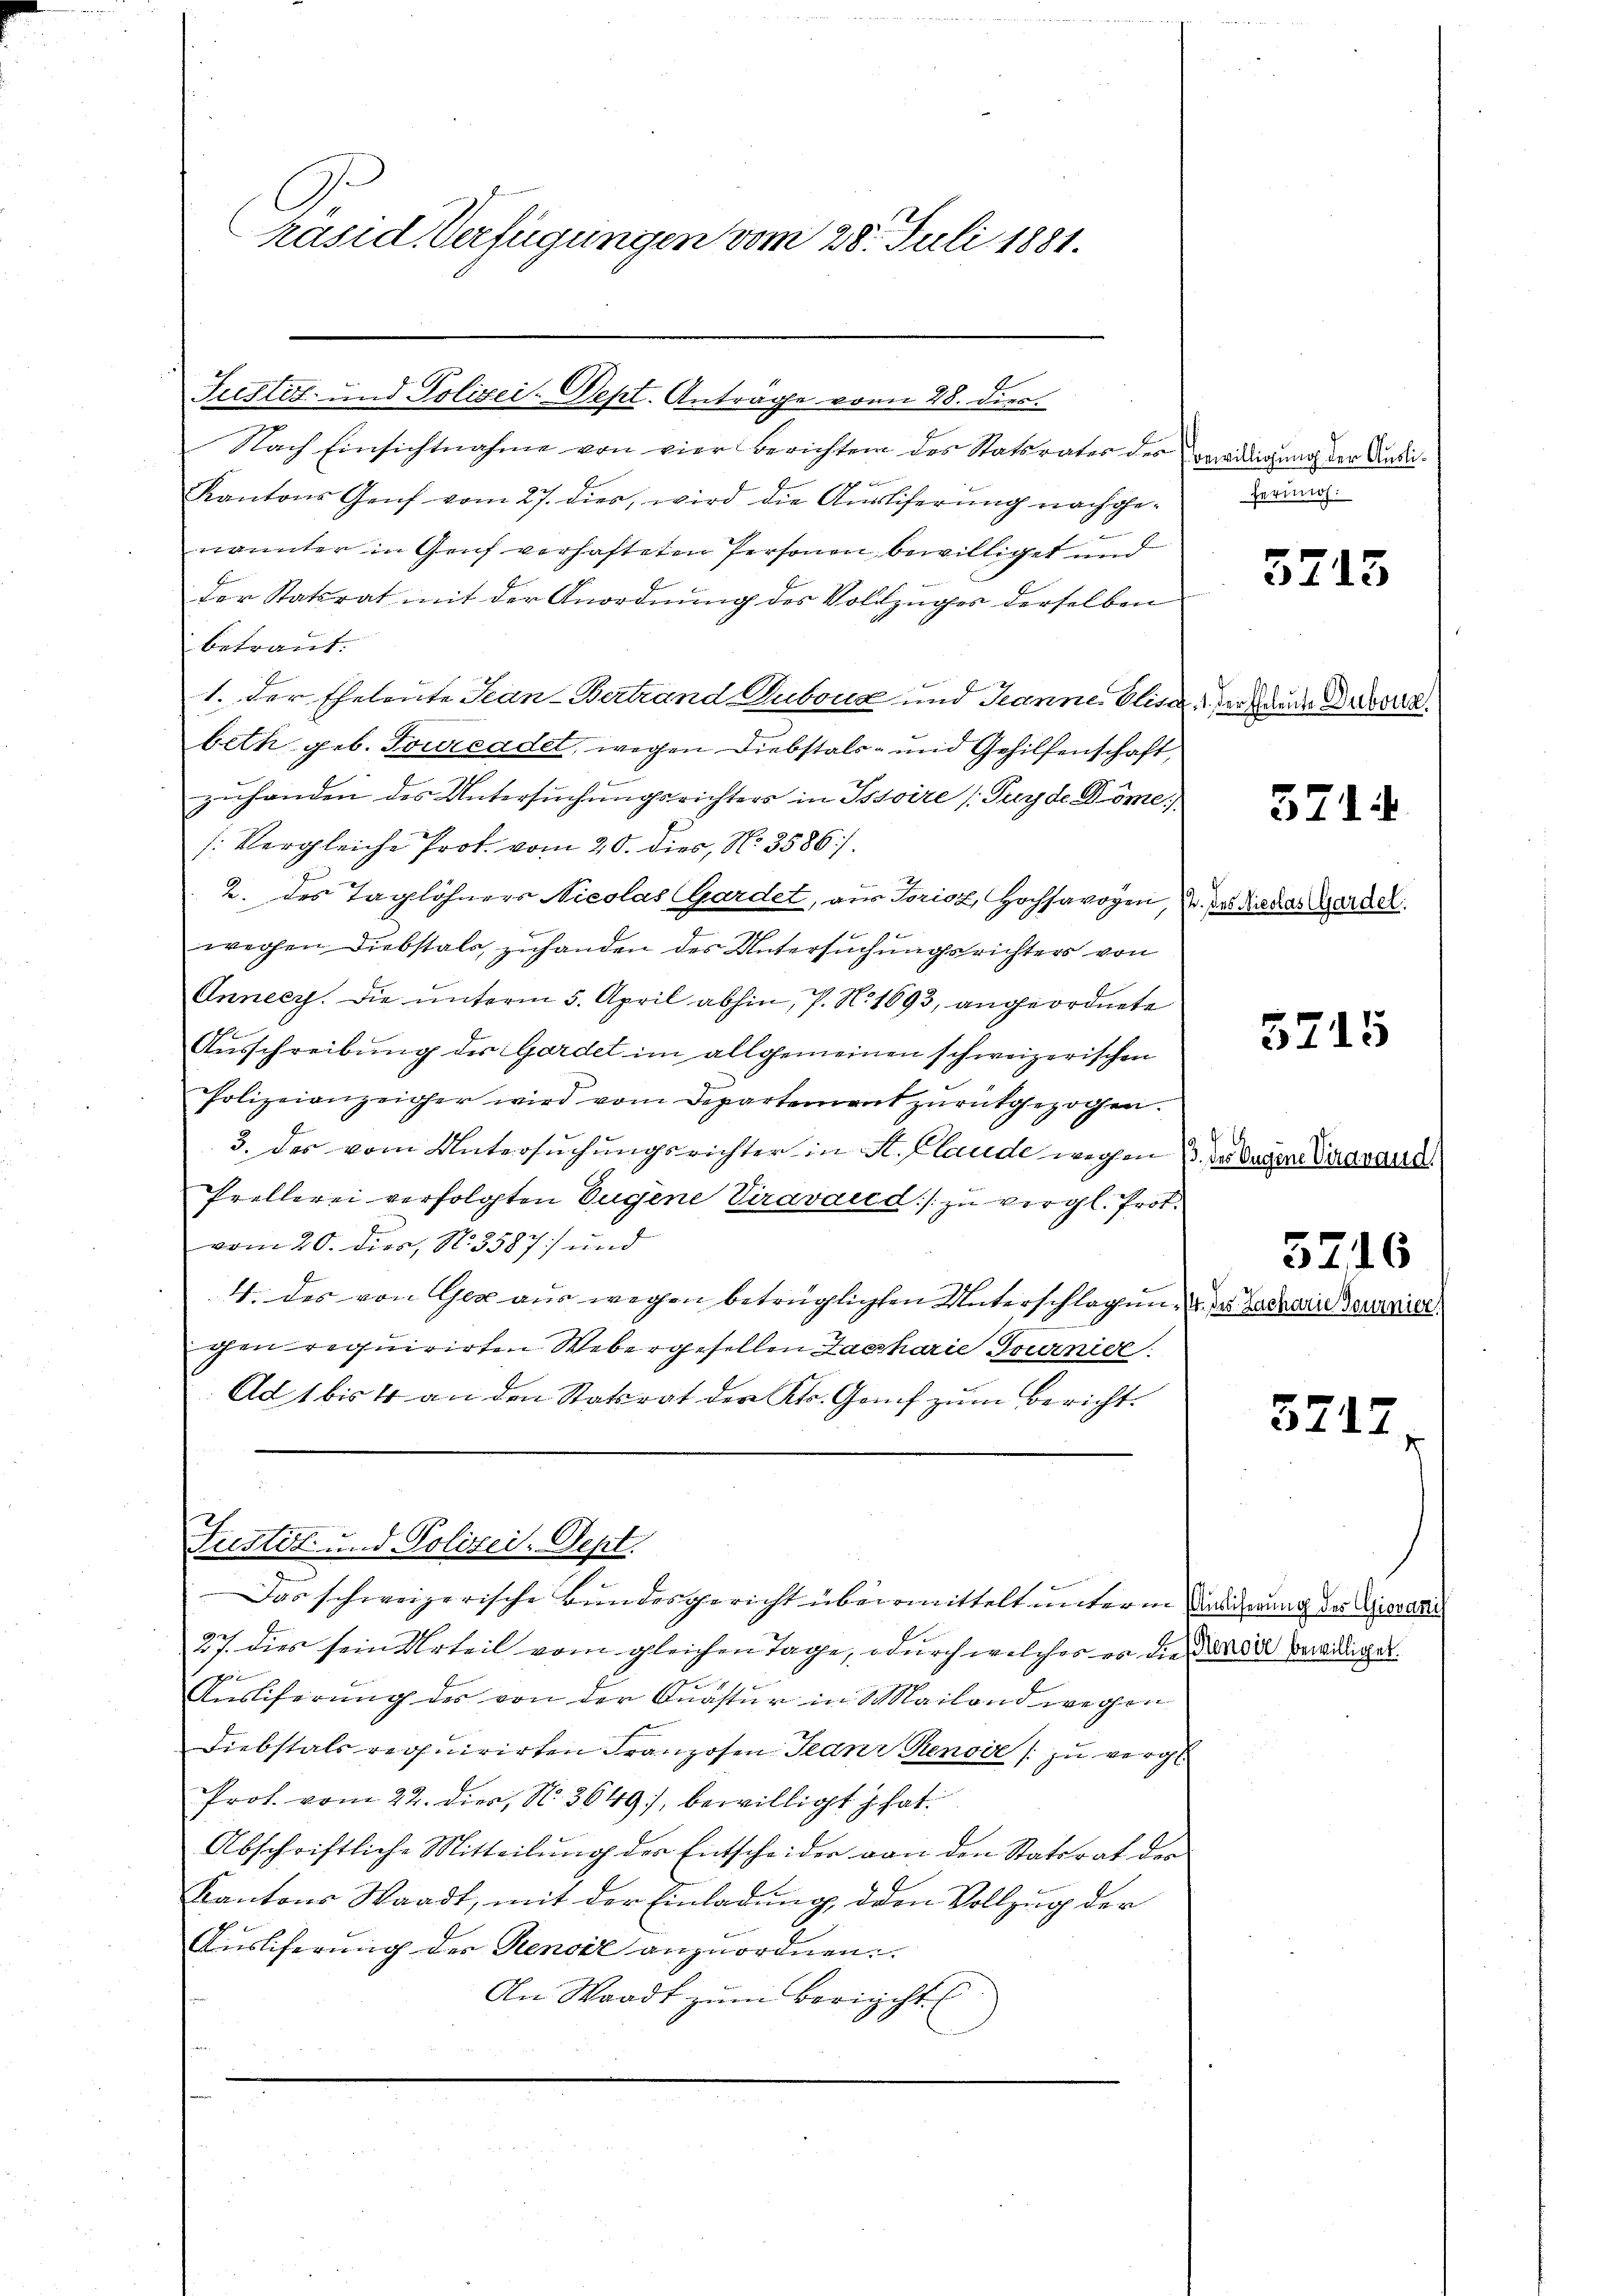
räsid. Verfügungen vom 28. Juli 1881.

Nach Einsichtnahme von vier Berichten des Statsrates des vereidigung der Audi¬
0 f 6 x
Kantons Genf vom 27. dies, wird die Ausliferung nachgenannter in Genf verhafteten Personen bewilliget und
der Statsrat mit der Anordnung des Vollzuges derselben
betraut.
1. Der Eheleute Jean Bertrand Duboud und Jeanne Elisa an dann Dubere
beth geb. Tourcadet, wegen Diebstals- und Gehilfenschaft,
1
zuhanden des Untersuchungsrichters in Tssoire (Tuyde Döme)
(Vergleiche Prot. vom 20. dies, No. 3586.
2. des Taglöhners Nicolas Gardet, aus Trioz, Hochsavoyen, u. das die das Gardel
wegen Diebstals, zuhanden des Untersuchungsrichters von
Anneey. Die unterm 5. April abhin, P. N. 1693, angeordnete
Ausschreibung der Gardet im allgemeinen schweizerischen
Polizeianzeiger wird vom Departement zurückgezogen.
3. des vom Untersuchungsrichter in St. Claude wegen 1. des Sagen Varavaud
Prellerei verfolgten Eugene Viravaić d:/ zu vergl. Prot.
vom 20. dies, No. 3587 und
4. des von Ger aus wegen betrüglichten Unterschlagen d. des Lackarre Servier
gen requirirten Webergesellen Zacharie Tournier
Ad 1 bis 4 an den Statrat des Kts. Genf zum Bericht.

Justiz- und Polizei-Sept. Antrage von 28. dies

Das schweizerische Bundesgericht übermittelt unterm Dachung der Giovazi
27. dies sein Urteil vom gleichen Tage, durch welches es die der bewidrigen.
 |
Ausliferung des von der Quastur in Mailand wegen
Diebstals requirirten Franzosen Jean Renoiz /: zu vergl
Prot. vom 22. dies, N. 3649, bewilligt hat.
Abschriftliche Mitteilung der Entscheider von den Statsrat der
Kantons Waadt, mit der Einladung, den Vollzug der
Ausliferung der Renoir anzuordnen.
An Waadt zum Bericht

Justiz und Polizei-Sept.

ferung:

5715

571.

5715

4

5716

3717